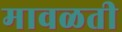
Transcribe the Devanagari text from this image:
मावळती